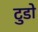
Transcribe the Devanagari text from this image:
टुडो